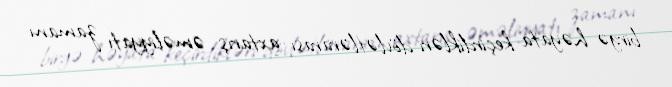
birgə həyata keçirdikləri dövlətlərarası axtarış əməliyyatı zamanı